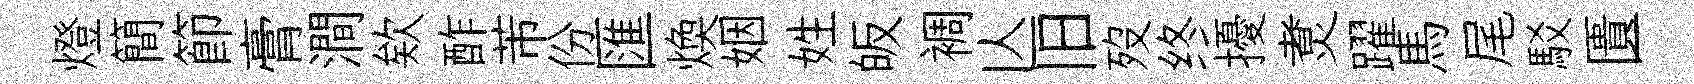
燈簡節膏澗欸酢芾份匯煥姻姓皈裯亾旧歿终擾煑躍馬尾駁匱